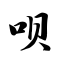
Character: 呗